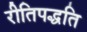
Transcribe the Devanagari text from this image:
रीतिपद्धति